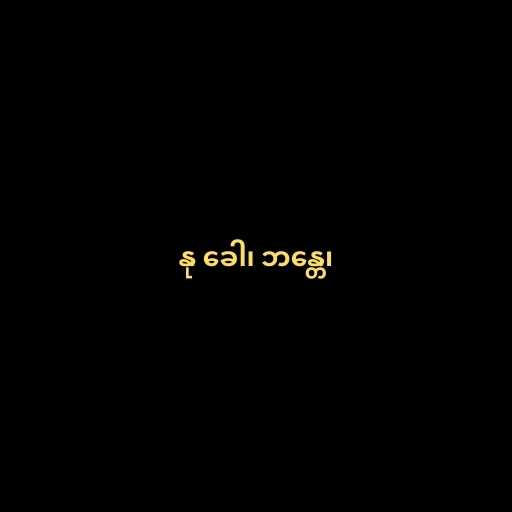
နု ခေါ၊ ဘန္တေ၊